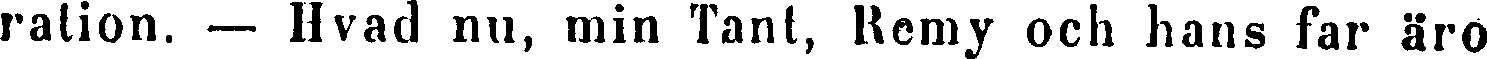
ralion. — Hvad nu, min Tant, Remy och hans far äro